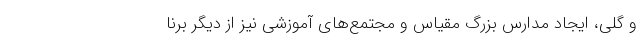
و گلی، ایجاد مدارس بزرگ مقیاس و مجتمع‌های آموزشی نیز از دیگر برنا